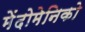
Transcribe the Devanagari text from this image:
मेंदोमेनिको